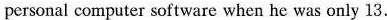
personal computer software when he was only 13.